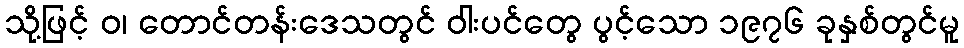
သို့ဖြင့် ဝ၊ တောင်တန်းဒေသတွင် ဝါးပင်တွေ ပွင့်သော ၁၉၇၆ ခုနှစ်တွင်မူ